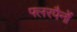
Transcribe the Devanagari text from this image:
फ्लरपैनों